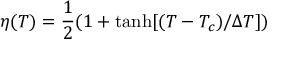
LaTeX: \eta ( T ) = \frac { 1 } { 2 } ( 1 + \mathrm { { t a n h } } [ ( T - T _ { c } ) / \Delta T ] )